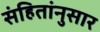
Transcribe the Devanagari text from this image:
संहितांनुसार